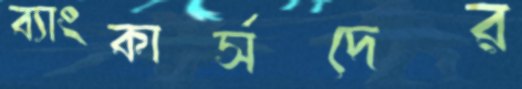
ব্যাংকার্সদের